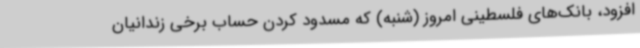
افزود، بانک‌های فلسطینی امروز (شنبه) که مسدود کردن حساب برخی زندانیان